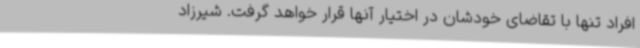
افراد تنها با تقاضای خودشان در اختیار آنها قرار خواهد گرفت. شیرزاد